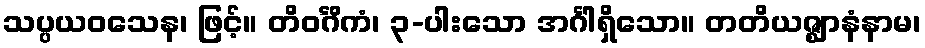
သပ္ပယဝသေန၊ ဖြင့်။ တိဝင်္ဂိကံ၊ ၃-ပါးသော အင်္ဂါရှိသော။ တတိယဇ္ဈာနံနာမ၊